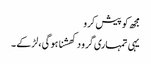
مجھ کو پیش کرو
یہی تمہاری گرو دکھشنا ہو گی ، لڑکے ۔